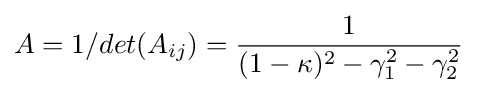
A=1/det(A_{ij})={1 \over (1-\kappa )^{2}-\gamma _{1}^{2}-\gamma _{2}^{2}}